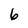
Character: 6